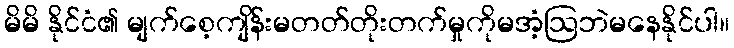
မိမိ နိုင်ငံ၏ မျက်စေ့ကျိန်းမတတ်တိုးတက်မှုကိုမအံ့ဩဘဲမနေနိုင်ပါ။